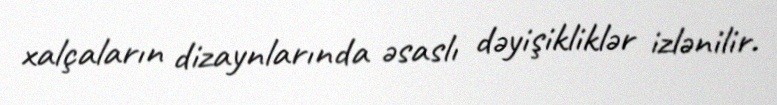
xalçaların dizaynlarında əsaslı dəyişikliklər izlənilir.